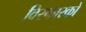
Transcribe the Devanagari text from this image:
विस्फारकों